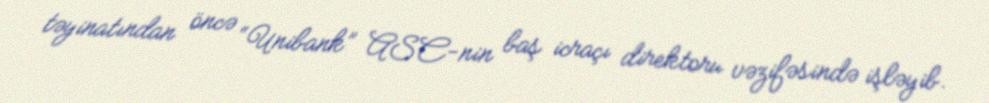
təyinatından öncə “Unibank” ASC-nin baş icraçı direktoru vəzifəsində işləyib.